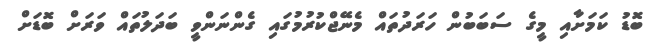
ބޮޑު ކަމަށާއި މީގެ ސަބަބުން ހަރަދުތައް މެނޭޖްކުރުމުގައި ގެންނަންވީ ބަދަލުތައް ވަރަށް ބޮޑަށް